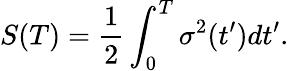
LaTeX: S(T)=\frac{1}{2}\int_{0}^{T}\sigma^{2}(t^{\prime})dt^{\prime}.